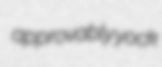
approvably yock